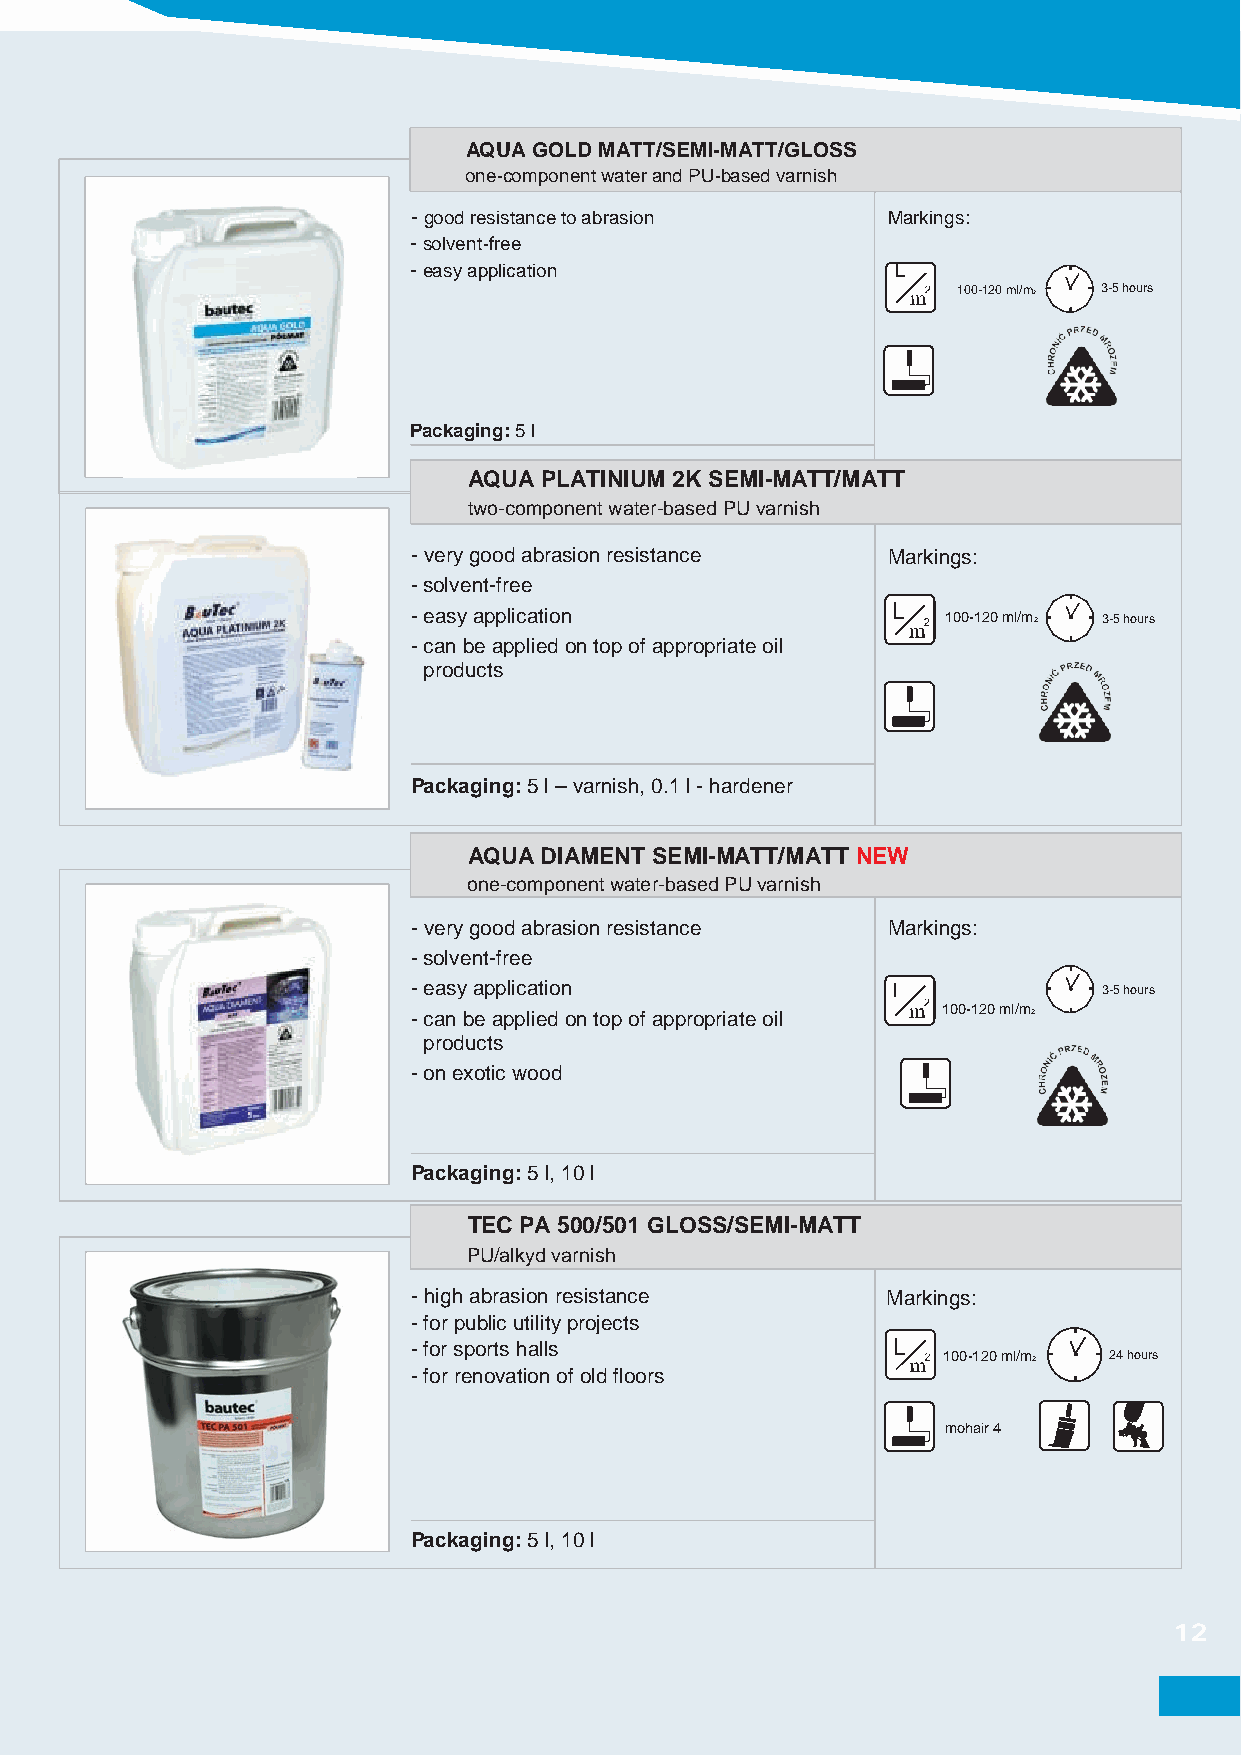
AQUA GOLD MATT/SEMI-MATT/GLOSS
 one-component water and PU-based varnish
 -good resistance to abrasion    Markings:
 -solvent-free
 -easy application               L
 100-120 ml/m2 3-5 hours
 Packaging: 5 l
 AQUA PLATINIUM 2K SEMI-MATT/MATT
 two-component water-based PU varnish
 -very good abrasion resistance  Markings:
 -solvent-free
 -easy application               L   100-120 ml/m2 3-5 hours
 -can be applied on top of appropriate oil
 products
 Packaging: 5 l – varnish, 0.1 l - hardener
 AQUA DIAMENT SEMI-MATT/MATT NEW
 one-component water-based PU varnish
 -very good abrasion resistance  Markings:
 -solvent-free
 -easy application               L             3-5 hours
 -can be applied on top of appropriate oil
 100-120 ml/m2
 products
 -on exotic wood
 Packaging: 5 l, 10 l
 TEC PA 500/501 GLOSS/SEMI-MATT
 PU/alkyd varnish
 -high abrasion resistance       Markings:
 -for public utility projects
 -for sports halls               L
 100-120 ml/m2 24 hours
 -for renovation of old floors
 mohair 4
 Packaging: 5 l, 10 l
 12